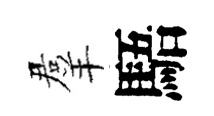
羣䮏